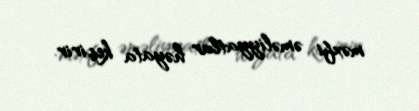
məxfi əməliyyatlar həyata keçirir.